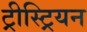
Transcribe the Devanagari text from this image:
ट्रीस्ट्रियन